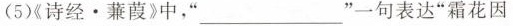
(5)诗经·蒹葭》中，”___”一句表达”霜花因